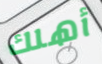
أهلك